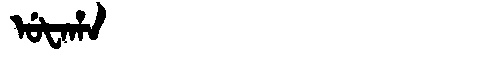
Manchu: ᡠᡶᠠᡥᠠ
Romanization: UFAHA